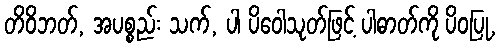
တိဝိဘတ်, အပစ္စည်း သက်, ပါ ပိဝေါသုတ်ဖြင့် ပါဓာတ်ကို ပိဝပြု,